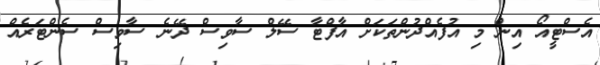
އެސްޓީއޯ އިން މި އުފެއްދުންތަކަށް އާފްޓާ ސޭލް ސާވިސް ދޭނެ ސާވިސް ސެންޓަރެއް